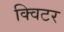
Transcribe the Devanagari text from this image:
क्विटर